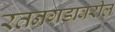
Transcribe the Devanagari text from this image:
रतनगडावरील